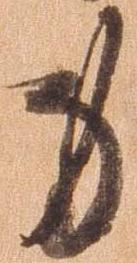
身